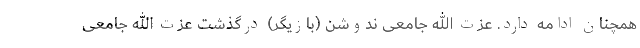
همچنان ادامه دارد. عزت الله جامعی ندوشن (بازیگر) درگذشت عزت الله جامعی